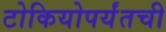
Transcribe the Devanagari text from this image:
टोकियोपर्यंतची